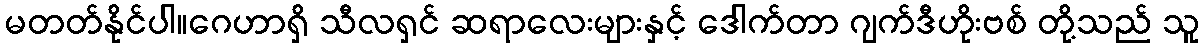
မတတ်နိုင်ပါ။ဂေဟာရှိ သီလရှင် ဆရာလေးများနှင့် ဒေါက်တာ ဂျက်ဒီဟိုးဗစ် တို့သည် သူ